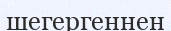
шегергеннен